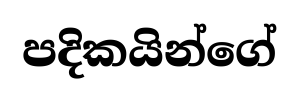
පදිකයින්ගේ